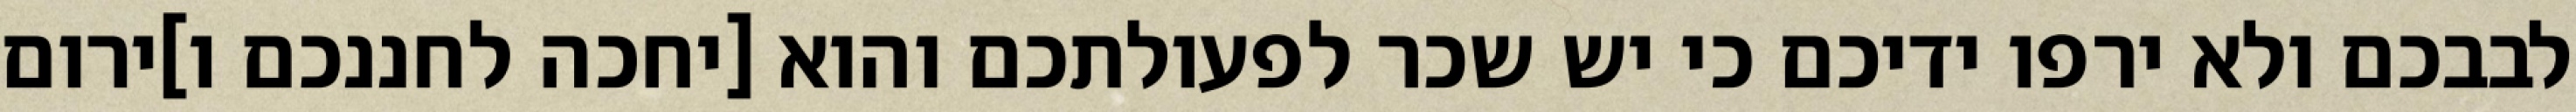
לבבכם ולא ירפו ידיכם כי יש שכר לפעולתכם והוא [יחכה לחננכם ו]ירום